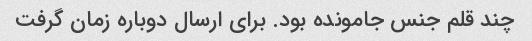
چند قلم جنس جامونده بود. برای ارسال دوباره زمان گرفت